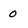
Character: 0